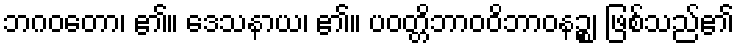
ဘဂဝတော၊ ၏။ ဒေသနာယ၊ ၏။ ပဝတ္တိဘာဝဝိဘာဝနဉ္စ၊ ဖြစ်သည်၏